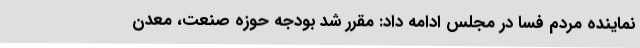
نماینده مردم فسا در مجلس ادامه داد: مقرر شد بودجه حوزه صنعت، معدن